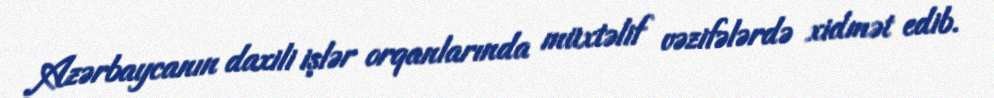
Azərbaycanın daxili işlər orqanlarında müxtəlif vəzifələrdə xidmət edib.